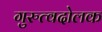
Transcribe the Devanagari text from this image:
गुरुत्वदोलक